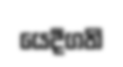
යෙදීගති